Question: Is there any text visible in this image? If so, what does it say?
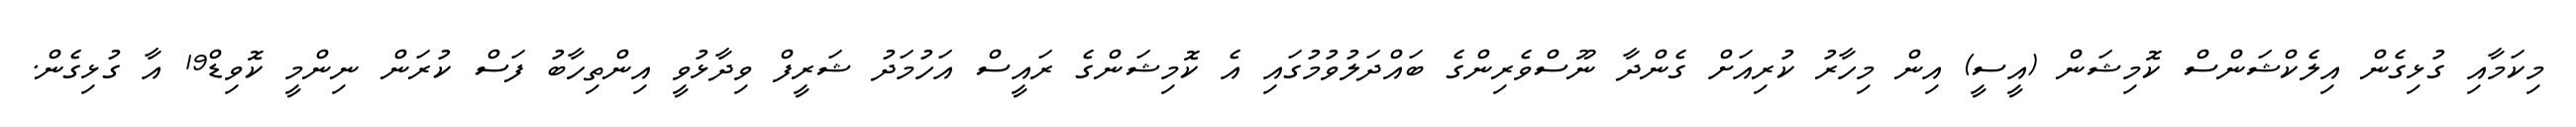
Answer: މިކަމާއި ގުޅިގެން އިލެކްޝަންސް ކޮމިޝަން (އީސީ) އިން މިހާރު ކުރިއަށް ގެންދާ ނޫސްވެރިންގެ ބައްދަލުވުމުގައި އެ ކޮމިޝަންގެ ރައީސް އަހުމަދު ޝަރީފް ވިދާޅުވީ އިންތިހާބު ފަސް ކުރަން ނިންމީ ކޮވިޑް19 އާ ގުޅިގެން.